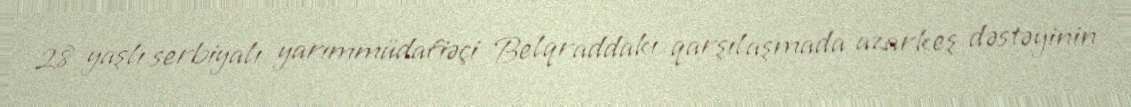
28 yaşlı serbiyalı yarımmüdafiəçi Belqraddakı qarşılaşmada azarkeş dəstəyinin